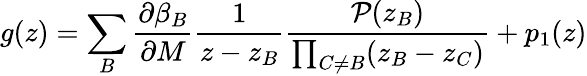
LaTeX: g(z)=\sum_{B}\frac{\partial\beta_{B}}{\partial M}\frac{1}{z-z_{B}}\frac{{\cal P}(z_{B})}{\prod_{C\neq B}(z_{B}-z_{C})}+p_{1}(z)